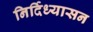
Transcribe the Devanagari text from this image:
निर्दिध्यासन